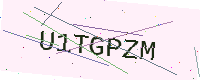
Text: U1TGPZM